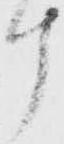
ケ